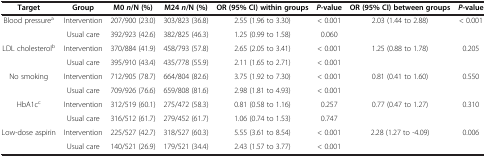
<table><thead><tr><td><b>Target</b></td><td><b>Group</b></td><td><b>M0 <i>n</i>/N (%)</b></td><td><b>M24 <i>n</i>/N (%)</b></td><td><b>OR (95% CI) within groups</b></td><td><b><i>P</i>-value</b></td><td><b>OR (95% CI) between groups</b></td><td><b><i>P</i>-value</b></td></tr></thead><tbody><tr><td rowspan="2">Blood pressure<sup>a</sup></td><td>Intervention</td><td>207/900 (23.0)</td><td>303/823 (36.8)</td><td>2.55 (1.96 to 3.30)</td><td>&lt; 0.001</td><td rowspan="2">2.03 (1.44 to 2.88)</td><td rowspan="2">&lt; 0.001</td></tr><tr><td>Usual care</td><td>392/923 (42.6)</td><td>382/825 (46.3)</td><td>1.25 (0.99 to 1.58)</td><td>0.060</td></tr><tr><td rowspan="2">LDL cholesterol<sup>b</sup></td><td>Intervention</td><td>370/884 (41.9)</td><td>458/793 (57.8)</td><td>2.65 (2.05 to 3.41)</td><td>&lt; 0.001</td><td rowspan="2">1.25 (0.88 to 1.78)</td><td rowspan="2">0.205</td></tr><tr><td>Usual care</td><td>395/910 (43.4)</td><td>435/778 (55.9)</td><td>2.11 (1.65 to 2.71)</td><td>&lt; 0.001</td></tr><tr><td rowspan="2">No smoking</td><td>Intervention</td><td>712/905 (78.7)</td><td>664/804 (82.6)</td><td>3.75 (1.92 to 7.30)</td><td>&lt; 0.001</td><td rowspan="2">0.81 (0.41 to 1.60)</td><td rowspan="2">0.550</td></tr><tr><td>Usual care</td><td>709/926 (76.6)</td><td>659/808 (81.6)</td><td>2.98 (1.81 to 4.93)</td><td>&lt; 0.001</td></tr><tr><td rowspan="2">HbA1c<sup>c</sup></td><td>Intervention</td><td>312/519 (60.1)</td><td>275/472 (58.3)</td><td>0.81 (0.58 to 1.16)</td><td>0.257</td><td rowspan="2">0.77 (0.47 to 1.27)</td><td rowspan="2">0.310</td></tr><tr><td>Usual care</td><td>316/512 (61.7)</td><td>279/452 (61.7)</td><td>1.06 (0.74 to 1.53)</td><td>0.747</td></tr><tr><td>Low-dose aspirin</td><td>Intervention</td><td>225/527 (42.7)</td><td>318/527 (60.3)</td><td>5.55 (3.61 to 8.54)</td><td>&lt; 0.001</td><td>2.28 (1.27 to -4.09)</td><td>0.006</td></tr><tr><td> </td><td>Usual care</td><td>140/521 (26.9)</td><td>179/521 (34.4)</td><td>2.43 (1.57 to 3.77)</td><td>&lt; 0.001</td><td> </td><td> </td></tr></tbody></table>